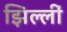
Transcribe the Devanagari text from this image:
झिल्लीं